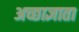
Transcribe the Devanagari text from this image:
अच्छाज्ञाता